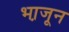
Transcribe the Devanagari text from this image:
भा़जून